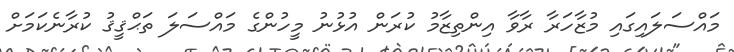
މައްސަލައިގައި މުޒާހަރާ ރާވާ އިންތިޒާމު ކުރަން އުޅުނު މީހުންގެ މައްސަލަ ތަޙްޤީޤު ކުރާނެކަމަށް